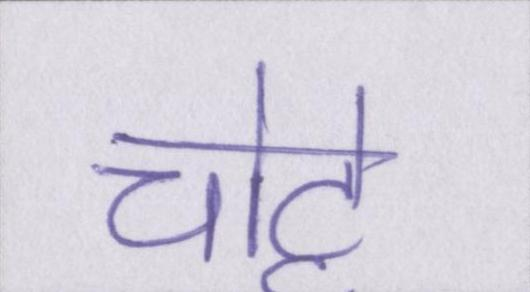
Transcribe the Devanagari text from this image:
चोट्टे